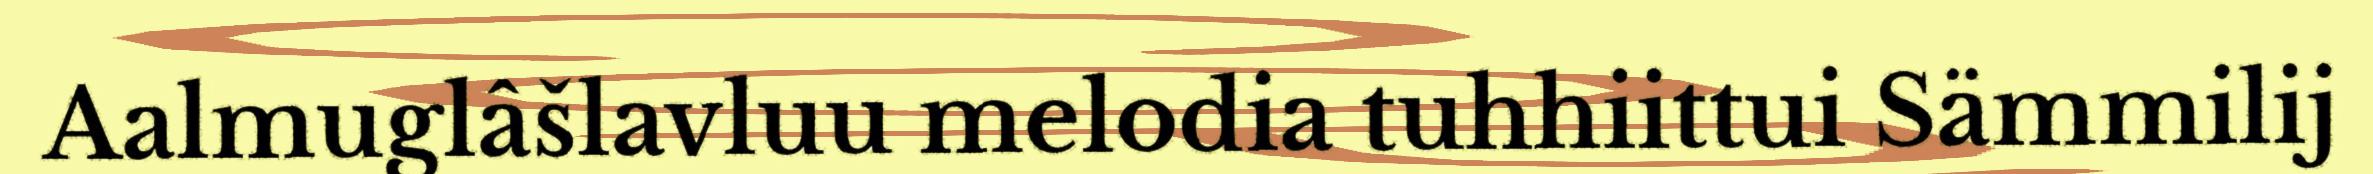
Aalmuglâšlavluu melodia tuhhiittui Sämmilij